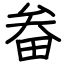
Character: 畚